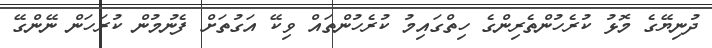
ދުނިޔޭގެ މޮޅު ކުރެހުންތެރިންގެ ހިތްގައިމު ކުރެހުންތައް ވިކޭ އަގުތަށް ފެނުމުން ކުރަހަން ނޭންގޭ